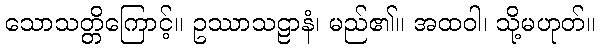
သောသတ္တိကြောင့်။ ဥဿာသဠာနံ၊ မည်၏။ အထဝါ၊ သို့မဟုတ်။